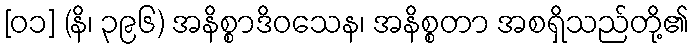
[၀၁] (နိ၊ ၃၉၆) အနိစ္စာဒိဝသေန၊ အနိစ္စတာ အစရှိသည်တို့၏